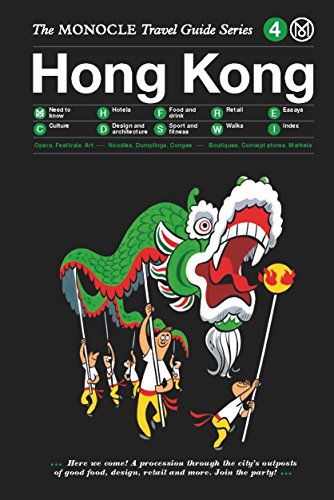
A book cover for Hong Kong: Monocle Travel Guide (The Monocle Travel Guide Series); Monocle; Travel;